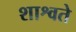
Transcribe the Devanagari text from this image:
शाश्वते